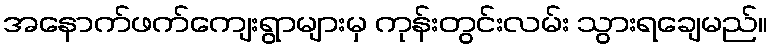
အနောက်ဖက်ကျေးရွာများမှ ကုန်းတွင်းလမ်း သွားရချေမည်။